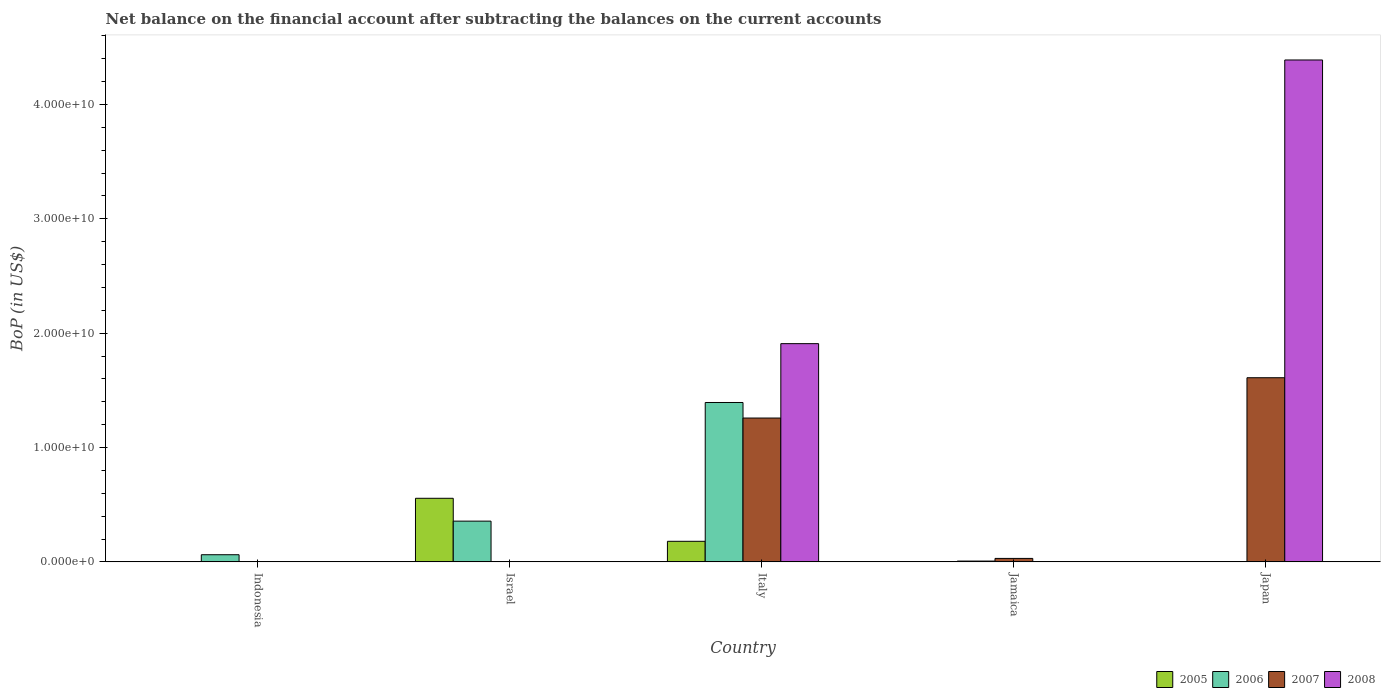
| Country | 2005 | 2006 | 2007 | 2008 |
 | --- | --- | --- | --- | --- |
 | Indonesia | -1.79e+08 | 6.25e+08 | -1.37e+09 | -2.38e+08 |
 | Israel | 5.56e+09 | 3.56e+09 | -2.99e+09 | -2.09e+09 |
 | Italy | 1.8e+09 | 1.39e+10 | 1.26e+10 | 1.91e+10 |
 | Jamaica | -1.61e+06 | 7.07e+07 | 3.03e+08 | -3.81e+08 |
 | Japan | -1.63e+10 | -3.2e+10 | 1.61e+10 | 4.39e+10 |